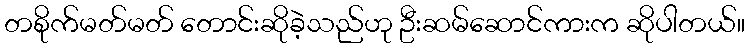
တစိုက်မတ်မတ် တောင်းဆိုခဲ့သည်ဟု ဦးဆမ်ဆောင်ကားက ဆိုပါတယ်။